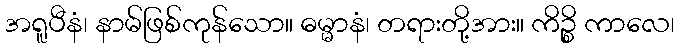
အရူပီနံ၊ နာမ်ဖြစ်ကုန်သော။ ဓမ္မာနံ၊ တရားတို့အား။ ကိဉ္စိ ကာလေ၊